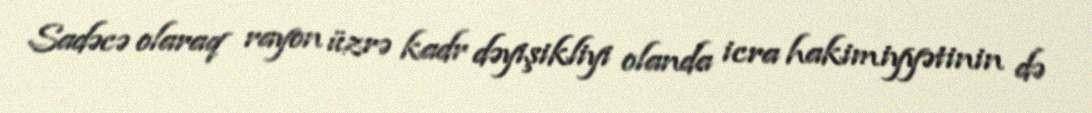
Sadəcə olaraq rayon üzrə kadr dəyişikliyi olanda icra hakimiyyətinin də